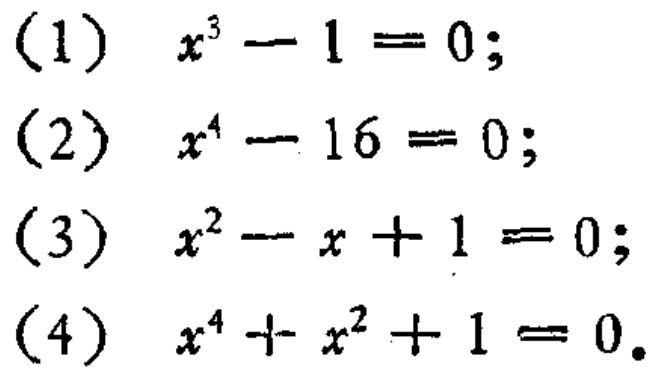
(1) \(x^{3}-1 = 0\);
(2) \(x^{4}-16 = 0\);
(3) \(x^{2}-x + 1 = 0\);
(4) \(x^{4}+x^{2}+1 = 0\).